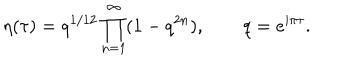
LaTeX: \eta ( \tau ) = q ^ { 1 / 1 2 } \prod _ { n = 1 } ^ { \infty } ( 1 - q ^ { 2 n } ) , \qquad q = e ^ { { i \pi \tau } } .